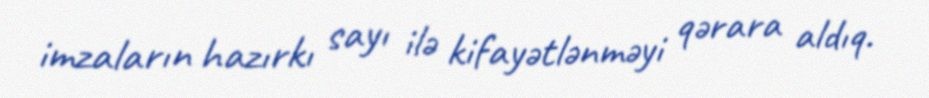
imzaların hazırkı sayı ilə kifayətlənməyi qərara aldıq.